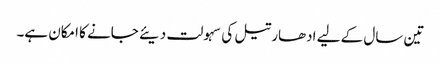
تین سال کے لیے ادھار تیل کی سہولت دیئے جانے کا امکان ہے۔